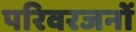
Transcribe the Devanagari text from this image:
परिवरजनों